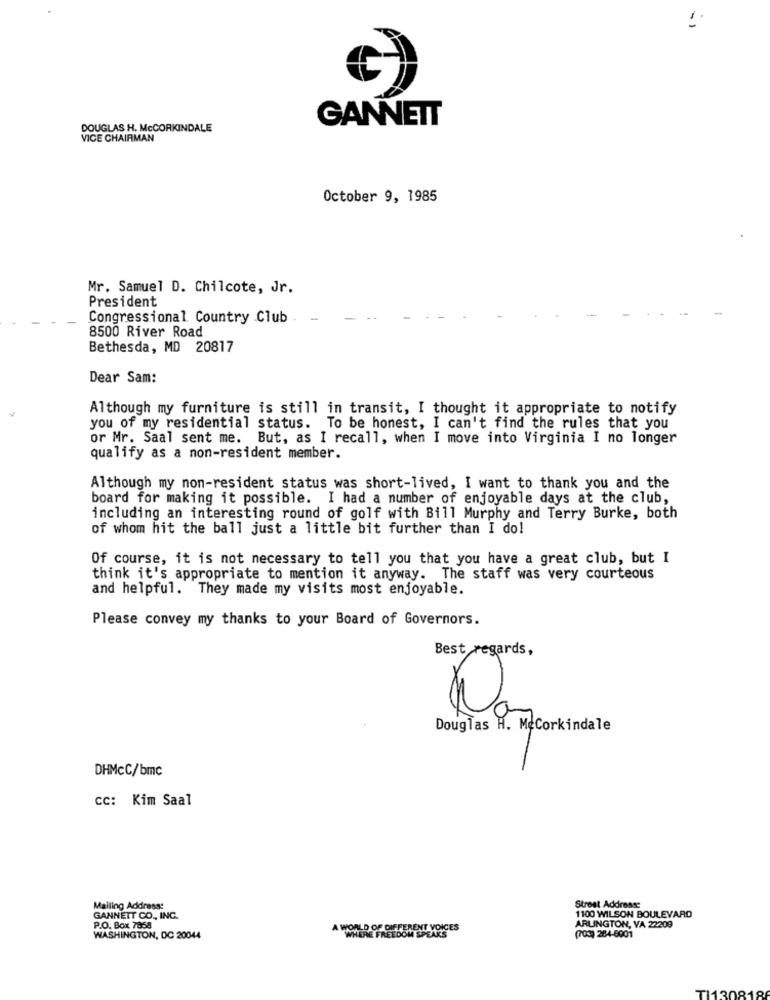
-1
GANNETT
DOUGLAS H. McCORKINDALE
VICE CHAIRMAN
October 9, 1985
Mr. Samuel D. Chilcote, Jr.
President
Congressional Country Club
8500 River Road
Bethesda, MD 20817
Dear Sam:
Although my furniture is still in transit, I thought it appropriate to notify
you of my residential status. To be honest, I can't find the rules that you
or Mr. Saal sent me. But, as I recall, when I move into Virginia I no longer
qualify as a non-resident member.
Although my non-resident status was short-lived, I want to thank you and the
board for making it possible. I had a number of enjoyable days at the club,
including an interesting round of golf with Bill Murphy and Terry Burke, both
of whom hit the ball just a little bit further than I do!
Of course, it is not necessary to tell you that you have a great club, but I
think it's appropriate to mention it anyway. The staff was very courteous
and helpful. They made my visits most enjoyable.
Please convey my thanks to your Board of Governors.
Best regards,
Douglas H. MeCorkindale
DHMcC/bmc
CC: Kim Saal
Street Address:
Mailing Address:
1100 WILSON BOULEVARD
GANNETT CO ., INC.
P.O. Box 7868
A WORLD OF DIFFERENT VOICES
ARLINGTON, VA 22209
WASHINGTON, DC 20044
MERE FREEDOM SPEAKS
(703) 284-6001